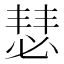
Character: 𪬇